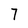
Character: 7